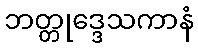
ဘတ္တုဒ္ဒေသကာနံ